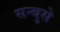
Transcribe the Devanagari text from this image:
सन्बुसे